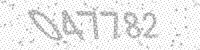
Solution: 047782